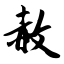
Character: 赦